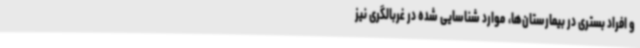
و افراد بستری در بیمارستان‌ها، موارد شناسایی شده در غربالگری نیز